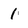
Character: 1